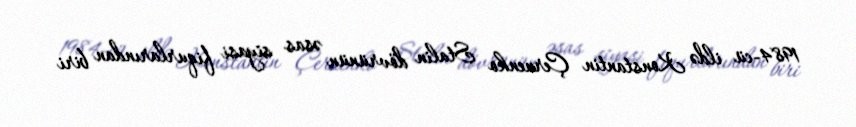
1984-cü ildə Konstantin Çernenko Stalin dövrünün əsas siyasi fiqurlarından biri